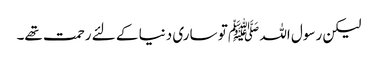
لیکن رسول اللہ ﷺ تو ساری دنیا کے لئے رحمت تھے۔